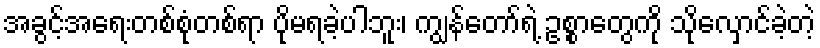
အခွင့်အရေးတစ်စုံတစ်ရာ ပိုမရခဲ့ပါဘူး၊ ကျွန်တော်ရဲ့ ဥစ္စာတွေကို သိုလှောင်ခဲ့တဲ့